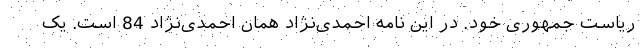
ریاست جمهوری خود. در این نامه احمدی‌نژاد همان احمدی‌نژاد 84 است. یک